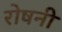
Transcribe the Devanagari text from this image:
रोषनी